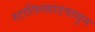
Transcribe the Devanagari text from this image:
स्टालिनग्राडपासून